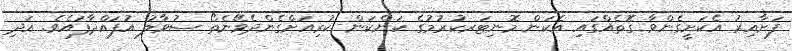
ފަށާއިރު އެކަށީގެންވާ ގޮތެއްގައި އެކަން މޮނިޓަރކުރުމުގެ ކަންކަން ކުރިއަށްގެންދެވޭނެތޯ ސުވާލު އުފައްދާފައެވެ. އަދި